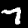
Digit: 7